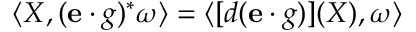
\langle X , ( { \mathbf { e } } \cdot g ) ^ { * } \omega \rangle = \langle [ d ( \mathbf { e } \cdot g ) ] ( X ) , \omega \rangle